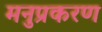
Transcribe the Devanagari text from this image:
मनुप्रकरण